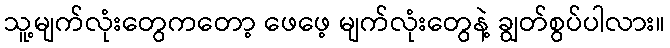
သူ့မျက်လုံးတွေကတော့ ဖေဖေ့ မျက်လုံးတွေနဲ့ ချွတ်စွပ်ပါလား။